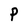
Character: P